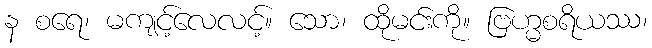
န စရေ၊ မကျင့်လေလင့်။ သော၊ ထိုမင်းကို။ ဗြဟ္မစရိယဿ၊